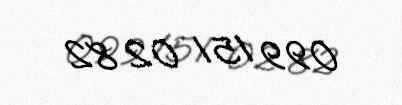
099 151 02 82